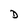
Character: D